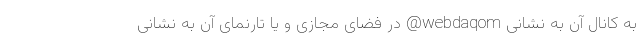
به کانال آن به نشانی webdaqom@ در فضای مجازی و یا تارنمای آن به نشانی